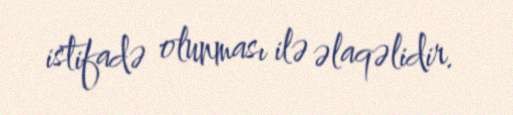
istifadə olunması ilə əlaqəlidir.